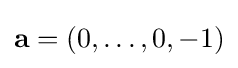
\mathbf {a} =(0,\ldots ,0,-1)